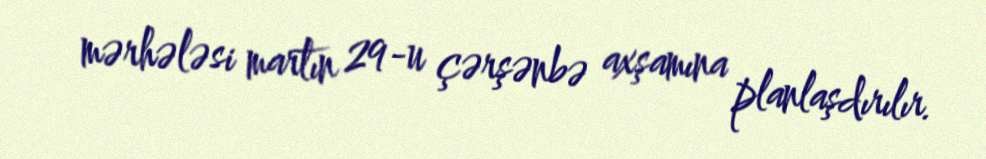
mərhələsi martın 29-u çərşənbə axşamına planlaşdırılır.